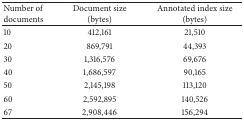
| Number of documents | Document size (bytes) | Annotated index size (bytes) |
 | --- | --- | --- |
 | 10 | 412,161 | 21,510 |
 | 20 | 869,791 | 44,393 |
 | 30 | 1,316,576 | 69,676 |
 | 40 | 1,686,597 | 90,165 |
 | 50 | 2,145,198 | 113,120 |
 | 60 | 2,592,895 | 140,526 |
 | 67 | 2,908,446 | 156,294 |